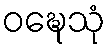
ဝဍ္ဎေသုံ